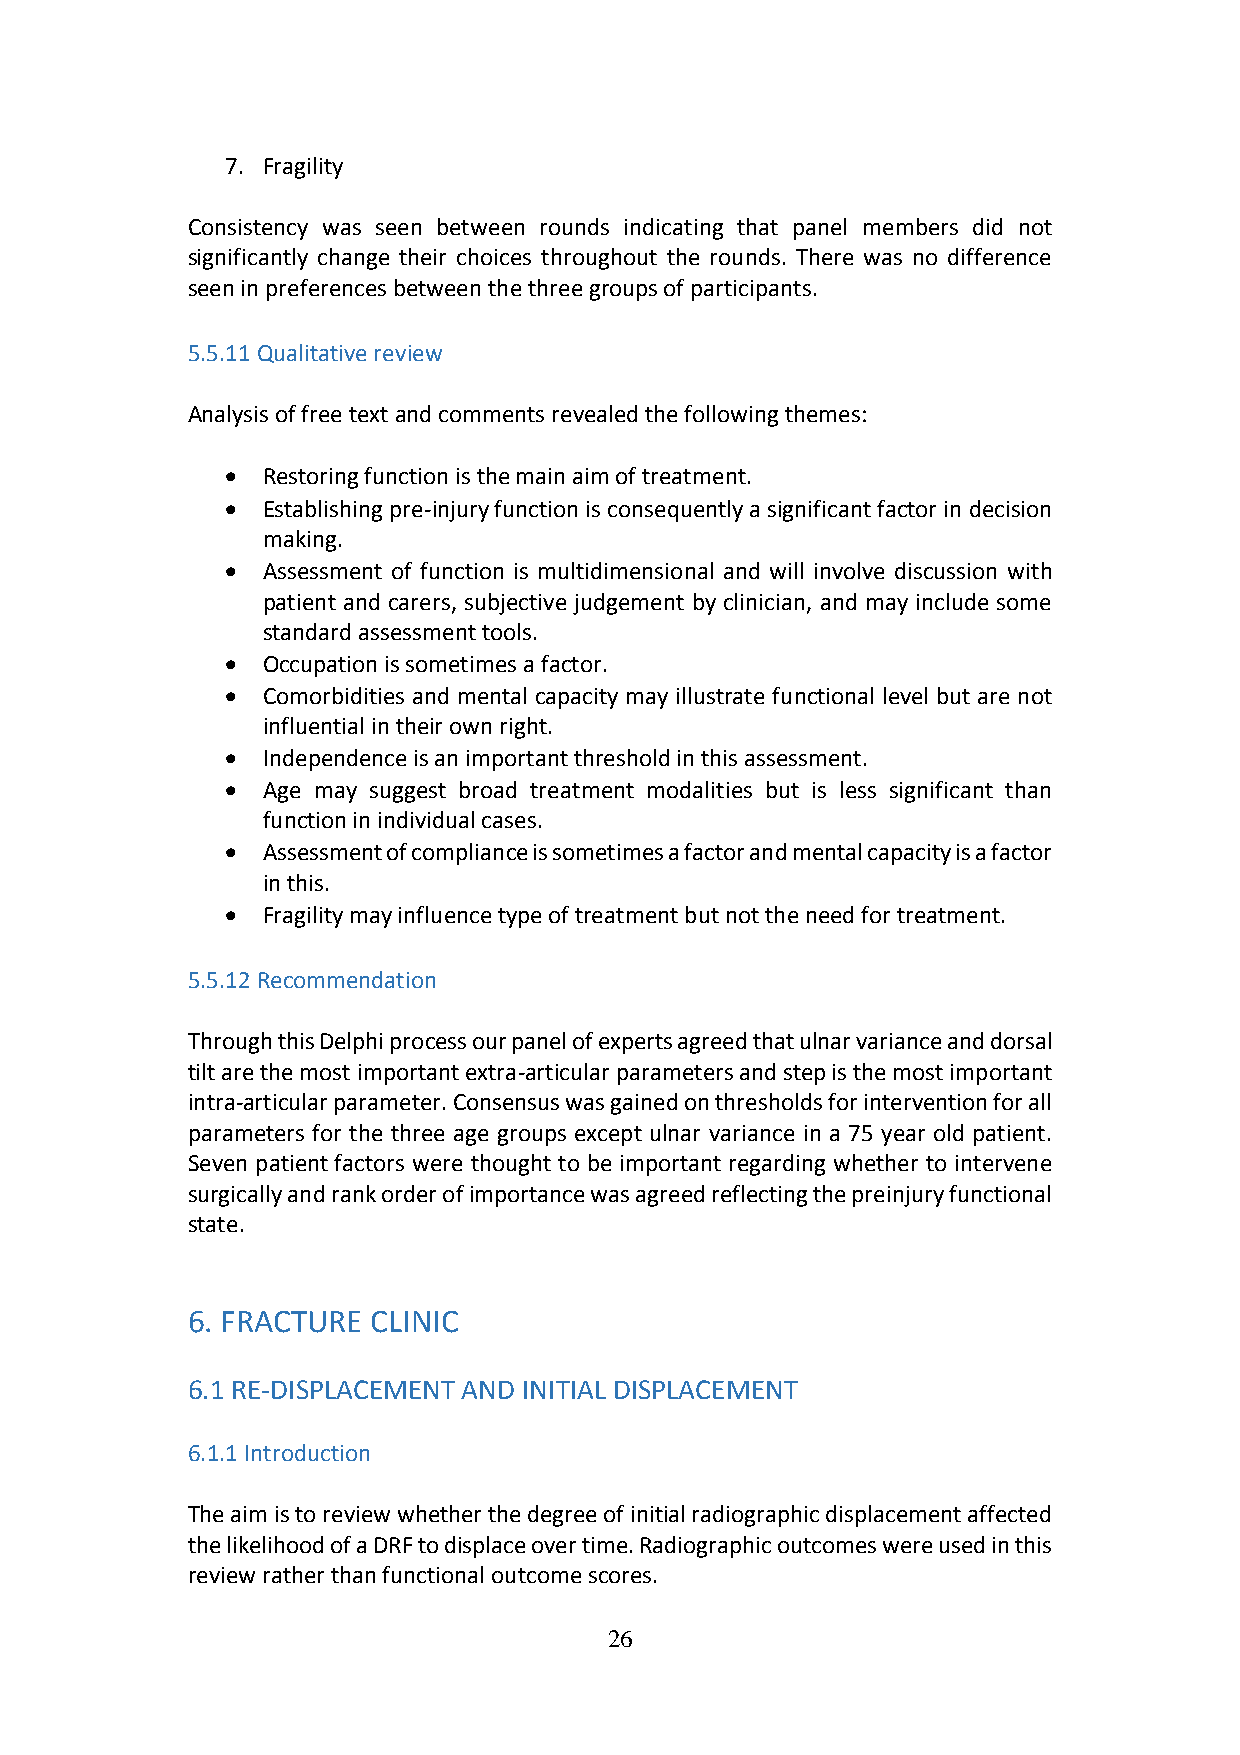
7. Fragility
 Consistency was seen between rounds indicating that panel members did not
 significantly change their choices throughout the rounds. There was no difference
 seen in preferences between the three groups of participants.
 5.5.11 Qualitative review
 Analysis of free text and comments revealed the following themes:
  Restoring function is the main aim of treatment.
  Establishing pre-injury function is consequently a significant factor in decision
 making.
  Assessment of function is multidimensional and will involve discussion with
 patient and carers, subjective judgement by clinician, and may include some
 standard assessment tools.
  Occupation is sometimes a factor.
  Comorbidities and mental capacity may illustrate functional level but are not
 influential in their own right.
  Independence is an important threshold in this assessment.
  Age may suggest broad treatment modalities but is less significant than
 function in individual cases.
  Assessment of compliance is sometimes a factor and mental capacity is a factor
 in this.
  Fragility may influence type of treatment but not the need for treatment.
 5.5.12 Recommendation
 Through this Delphi process our panel of experts agreed that ulnar variance and dorsal
 tilt are the most important extra-articular parameters and step is the most important
 intra-articular parameter. Consensus was gained on thresholds for intervention for all
 parameters for the three age groups except ulnar variance in a 75 year old patient.
 Seven patient factors were thought to be important regarding whether to intervene
 surgically and rank order of importance was agreed reflecting the preinjury functional
 state.
 6. FRACTURE  CLINIC
 6.1 RE-DISPLACEMENT AND INITIAL DISPLACEMENT
 6.1.1 Introduction
 The aim is to review whether the degree of initial radiographic displacement affected
 the likelihood of a DRF to displace over time. Radiographic outcomes were used in this
 review rather than functional outcome scores.
 26